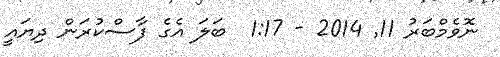
ނޮވެމްބަރު 11